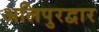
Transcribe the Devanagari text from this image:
अलिपुरद्वार